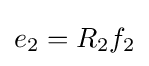
{\textstyle e_{2}=R_{2}f_{2}}